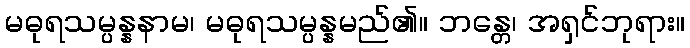
မဓုရသမ္ပန္နနာမ၊ မဓုရသမ္ပန္နမည်၏။ ဘန္တေ၊ အရှင်ဘုရား။